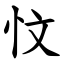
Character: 忟